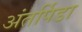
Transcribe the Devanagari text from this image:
अंतर्पिडा